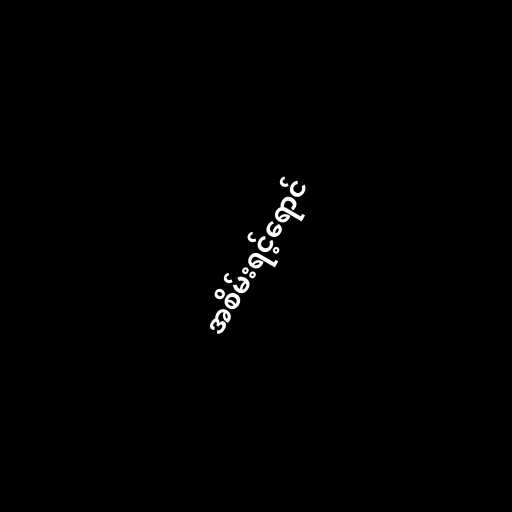
အစိမ်းရင့်ရောင်